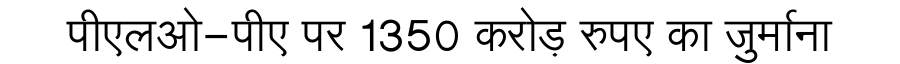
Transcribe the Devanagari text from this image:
पीएलओ-पीए पर 1350 करोड़ रुपए का जुर्माना